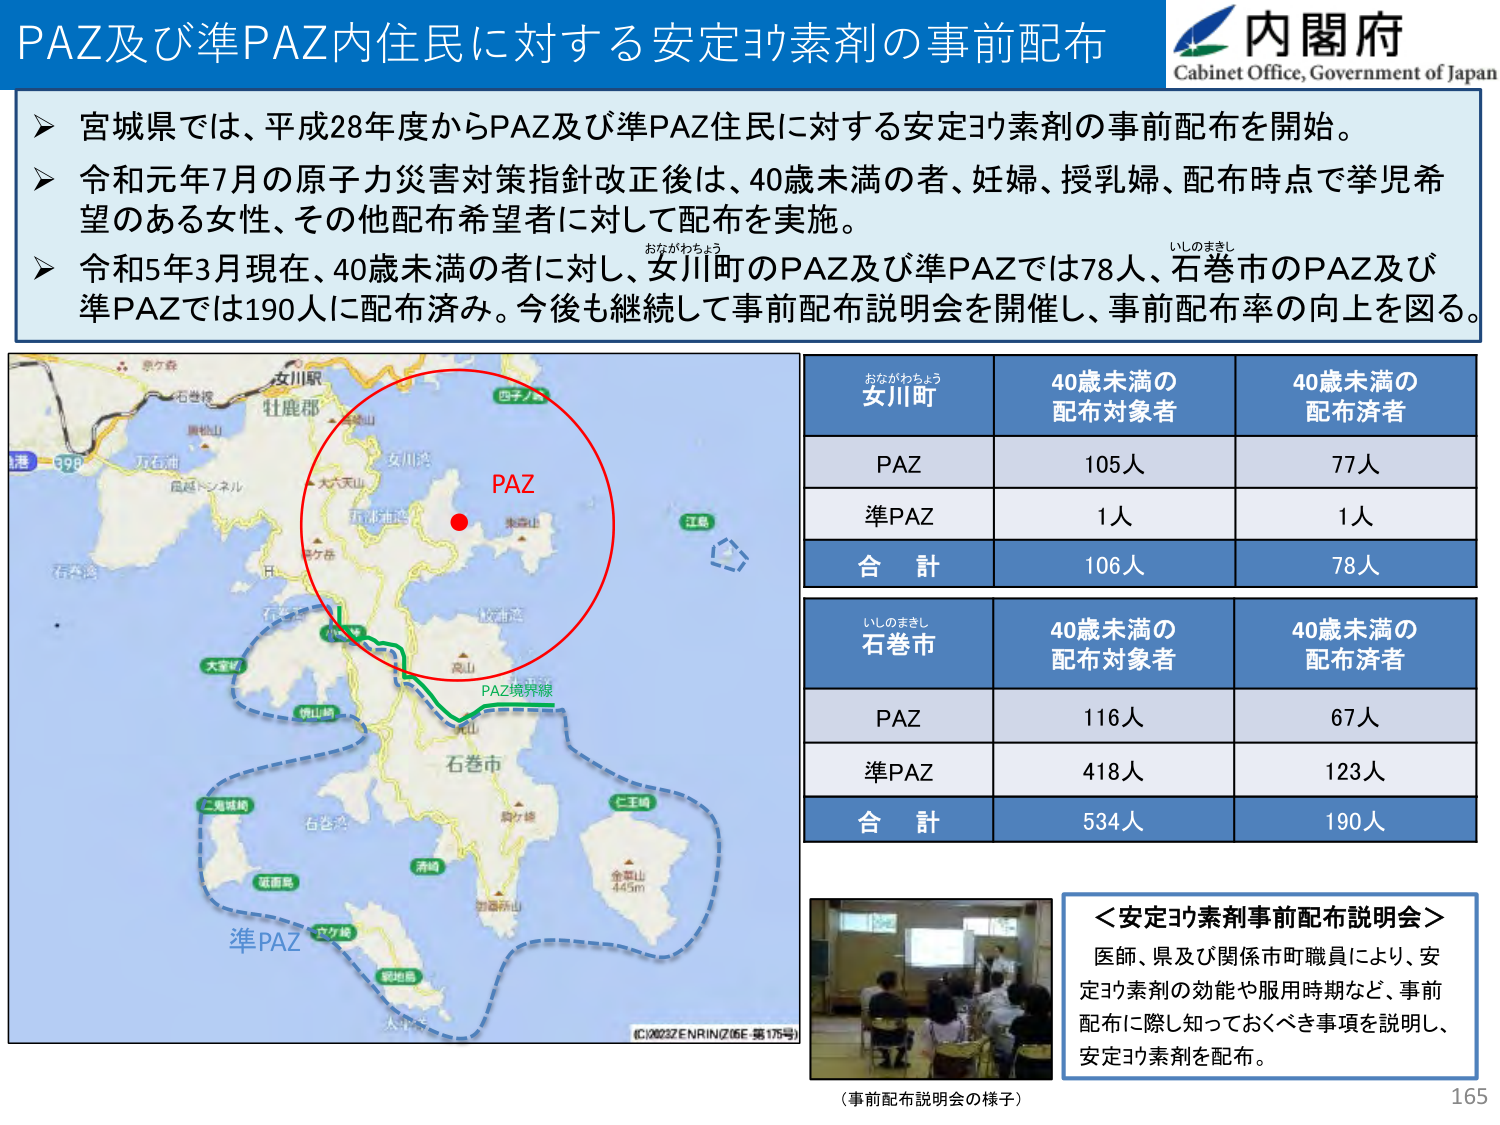
PAZ及び準PAZ内住民に対する安定ヨウ素剤の事前配布
内閣府
Cabinet Office, Government of Japan

➤ 宮城県では、平成28年度からPAZ及び準PAZ住民に対する安定ヨウ素剤の事前配布を開始。
➤ 令和元年7月の原子力災害対策指針改正後は、40歳未満の者、妊婦、授乳婦、配布時点で挙児希望のある女性、その他配布希望者に対して配布を実施。
➤ 令和5年3月現在、40歳未満の者に対し、女川町のPAZ及び準PAZでは78人、石巻市のPAZ及び準PAZでは190人に配布済み。今後も継続して事前配布説明会を開催し、事前配布率の向上を図る。

おながわちょう
いしのまきし

おながわちょう
女川町
40歳未満の
配布対象者
40歳未満の
配布済者
PAZ
105人
77人
準PAZ
1人
1人
合 計
106人
78人

いしのまきし
石巻市
40歳未満の
配布対象者
40歳未満の
配布済者
PAZ
116人
67人
準PAZ
418人
123人
合 計
534人
190人

PAZ
PAZ境界線
準PAZ
（C）2023 ZENRIN（Z16E 第175号）

＜安定ヨウ素剤事前配布説明会＞
医師、県及び関係市町職員により、安定ヨウ素剤の効能や服用時期など、事前配布に際し知っておくべき事項を説明し、安定ヨウ素剤を配布。

（事前配布説明会の様子）
165